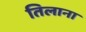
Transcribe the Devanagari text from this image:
तिलाना